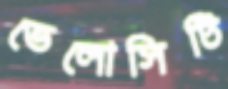
ভেলোসিটি